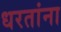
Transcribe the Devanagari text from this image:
धरतांना